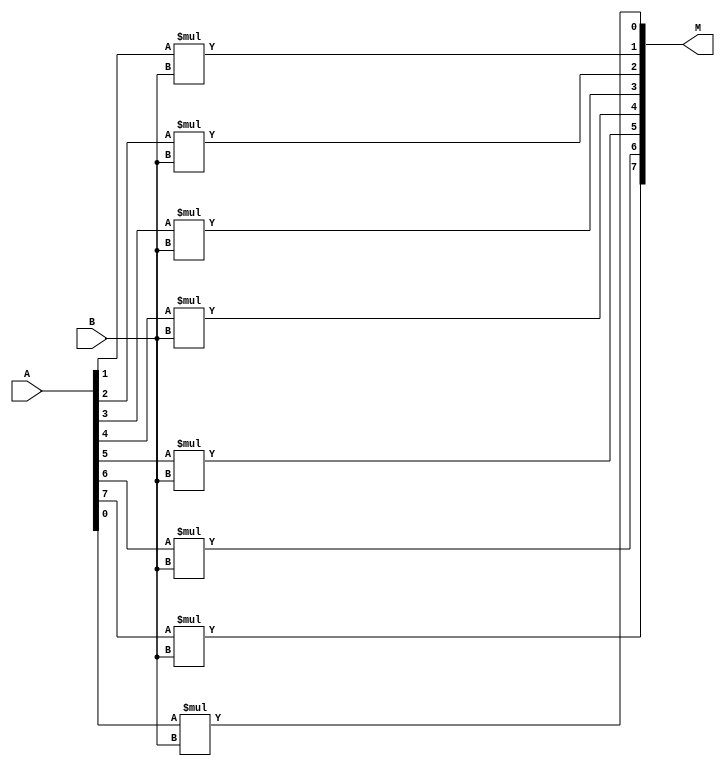
module oneto8bitmultiplier
(
	input  [7:0]A,
	input  B,
	output [7:0]M

);

assign M[0]= A[0]*B;
assign M[1]= A[1]*B;
assign M[2]= A[2]*B;
assign M[3]= A[3]*B;
assign M[4]= A[4]*B;
assign M[5]= A[5]*B;
assign M[6]= A[6]*B;
assign M[7]= A[7]*B;





endmodule